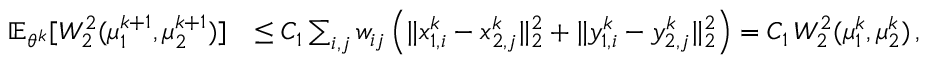
\begin{array} { r l } { \mathbb { E } _ { \theta ^ { k } } [ W _ { 2 } ^ { 2 } ( \mu _ { 1 } ^ { k + 1 } , \mu _ { 2 } ^ { k + 1 } ) ] } & { \leq C _ { 1 } \sum _ { i , j } w _ { i j } \left( \| x _ { 1 , i } ^ { k } - x _ { 2 , j } ^ { k } \| _ { 2 } ^ { 2 } + \| y _ { 1 , i } ^ { k } - y _ { 2 , j } ^ { k } \| _ { 2 } ^ { 2 } \right) = C _ { 1 } \, W _ { 2 } ^ { 2 } ( \mu _ { 1 } ^ { k } , \mu _ { 2 } ^ { k } ) \, , } \end{array}